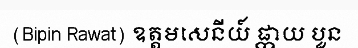
(Bipin Rawat) ឧត្តមសេនីយ៍ ផ្កាយ បួន